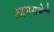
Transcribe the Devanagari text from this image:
आमसभेचे